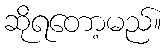
ဆိုရတော့မည်။